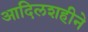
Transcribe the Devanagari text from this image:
आदिलशहीने